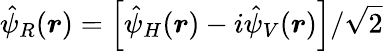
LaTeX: \hat{\psi}_{R}(\boldsymbol{r})=\left[\hat{\psi}_{H}(\boldsymbol{r})-i\hat{\psi}_{V}(\boldsymbol{r})\right]/\sqrt{2}